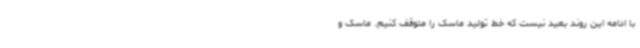
با ادامه این روند بعید نیست که خط تولید ماسک را متوقف کنیم. ماسک و